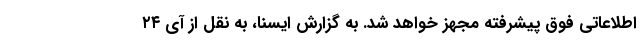
اطلاعاتی فوق پیشرفته مجهز خواهد شد. به گزارش ایسنا، به نقل از آی ۲۴